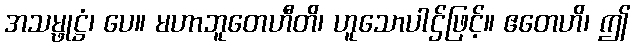
အသမ္ဖုဋ္ဌံ၊ ပေ။ မဟာဘူတေဟီတိ၊ ဟူသောပါဌ်ဖြင့်။ ဧတေဟိ၊ ဤ